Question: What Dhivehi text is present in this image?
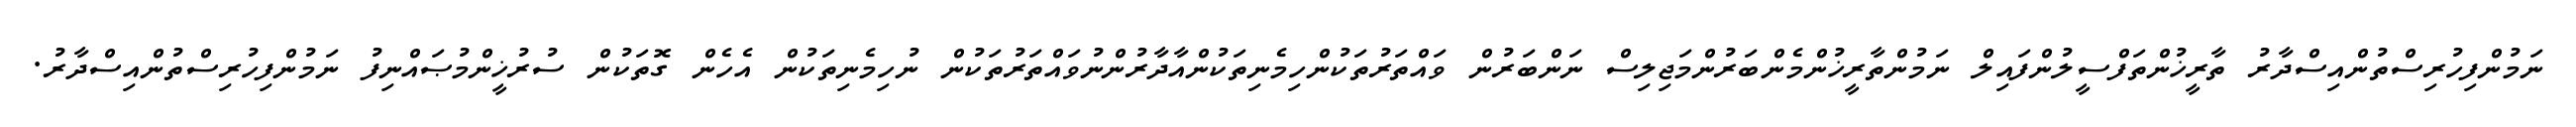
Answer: ނަމުންފިހުރިސްތުންއިސްދާރު ތާރީޚުންތަފްސީލުންފައިލް ނަމުންތާރީޚުންމެންބަރުންމަޖިލިސް ނަންބަރުން ވައްތަރުތަކުންހިމެނިތަކުންއާދާރުންނުވައްތަރުތަކުން ނުހިމެނިތަކުން އެހެން ގޮތަކުން ސުރުޚީންމުޞައްނިފު ނަމުންފިހުރިސްތުންއިސްދާރު.